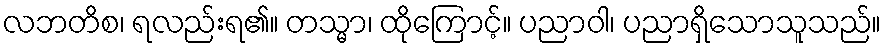
လဘတိစ၊ ရလည်းရ၏။ တသ္မာ၊ ထိုကြောင့်။ ပညာဝါ၊ ပညာရှိသောသူသည်။